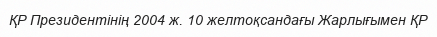
ҚР Президентінің 2004 ж. 10 желтоқсандағы Жарлығымен ҚР